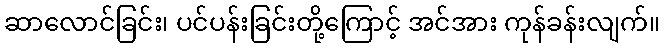
ဆာလောင်ခြင်း၊ ပင်ပန်းခြင်းတို့ကြောင့် အင်အား ကုန်ခန်းလျက်။